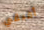
أفيقي